Indian journal of veterinary science and animal husbandry - Volumes 26-27, 1956-1957
Year: 1956
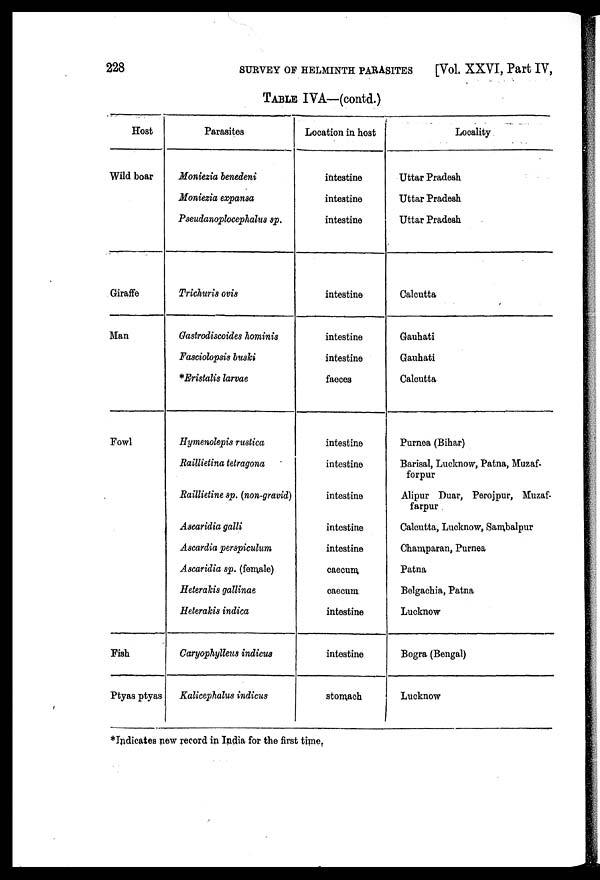
228
SURVEY OF HELMINTH PARASITES
[Vol. XXVI, Part IV,
TABLE IVA—(contd.)
Host
Wild boar
Giraffe
Man
Fowl
Fish
Ptyas ptyas
Parasites
Moniezia benedeni
Moniezia expansa
Pseudanoplocephalus sp.
Trichuris ovis
Gastrodiscoides hominis
Fasciolopsis buski
*Eristalis larvae
Hymenolepis rustica
Raillietina tetragona
Raillietine sp. (non-gravid)
Asearidia galli
Ascardia perspiculum
Ascaridia sp. (female)
Heterakis gallinae
Heterakis indica
Caryophylleus indicus
Kalicephalus indicus
Location in host
intestine
intestine
intestine
intestine
intestine
intestine
faeces
intestine
intestine
intestine
intestine
intestine
caecum
caecum
intestine
intestine
stomach
Locality
Uttar Pradesh
Uttar Pradesh
Uttar Pradesh
Calcutta
Gauhati
Gauhati
Calcutta
Purnea (Bihar)
Barisal, Lucknow, Patna, Muzaf-
forpur
Alipur Duar, Perojpur, Muzaf-
farpur
Calcutta, Lucknow, Sambalpur
Champaran, Purnea
Patna
Belgachia, Patna
Lucknow
Bogra (Bengal)
Lucknow
*Indicates new record in India for the first time.